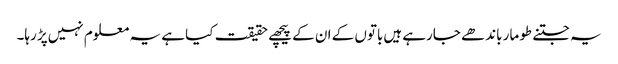
یہ جتنے طومار باندھے جارہے ہیں‌باتوں کے ان کے پیچھے حقیقت کیا ہے یہ معلوم نہیں‌پڑ رہا۔